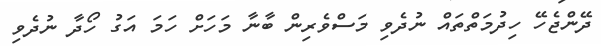
ދޭންޖެހޭ ހިދުމަތްތައް ނުދެވި މަސްވެރިން ބާނާ މަހަށް ހަމަ އަގު ހޯދާ ނުދެވި